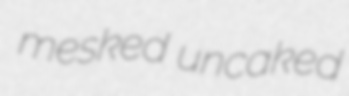
mesked uncaked